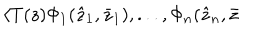
\langle T ( z ) \Phi _ { 1 } ( \hat { z } _ { 1 } , \bar { z } _ { 1 } ) , . . . , \Phi _ { n } ( \hat { z } _ { n } , \bar { z }